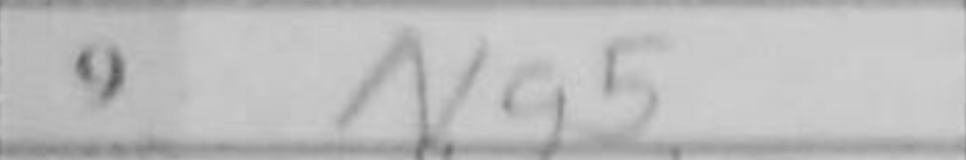
Transcription: Ng5